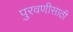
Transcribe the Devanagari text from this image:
पुरवणीसाठी